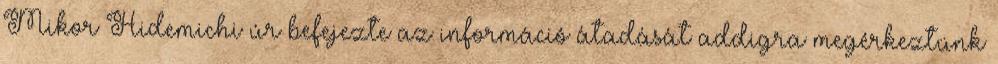
Mikor Hidemichi úr befejezte az információ átadását addigra megérkeztünk